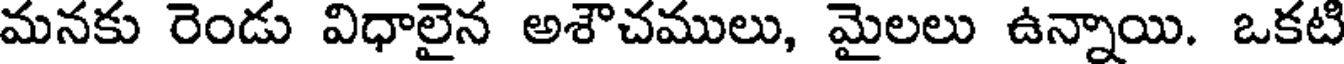
మనకు రెండు విధాలైన అశౌచములు, మైలలు ఉన్నాయి. ఒకటి